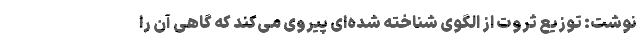
نوشت: توزیع ثروت از الگوی شناخته‌ شده‌ای پیروی می‌کند که گاهی آن را